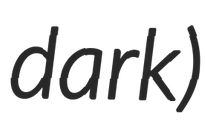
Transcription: dark)